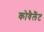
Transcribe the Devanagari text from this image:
कोवैलैंट